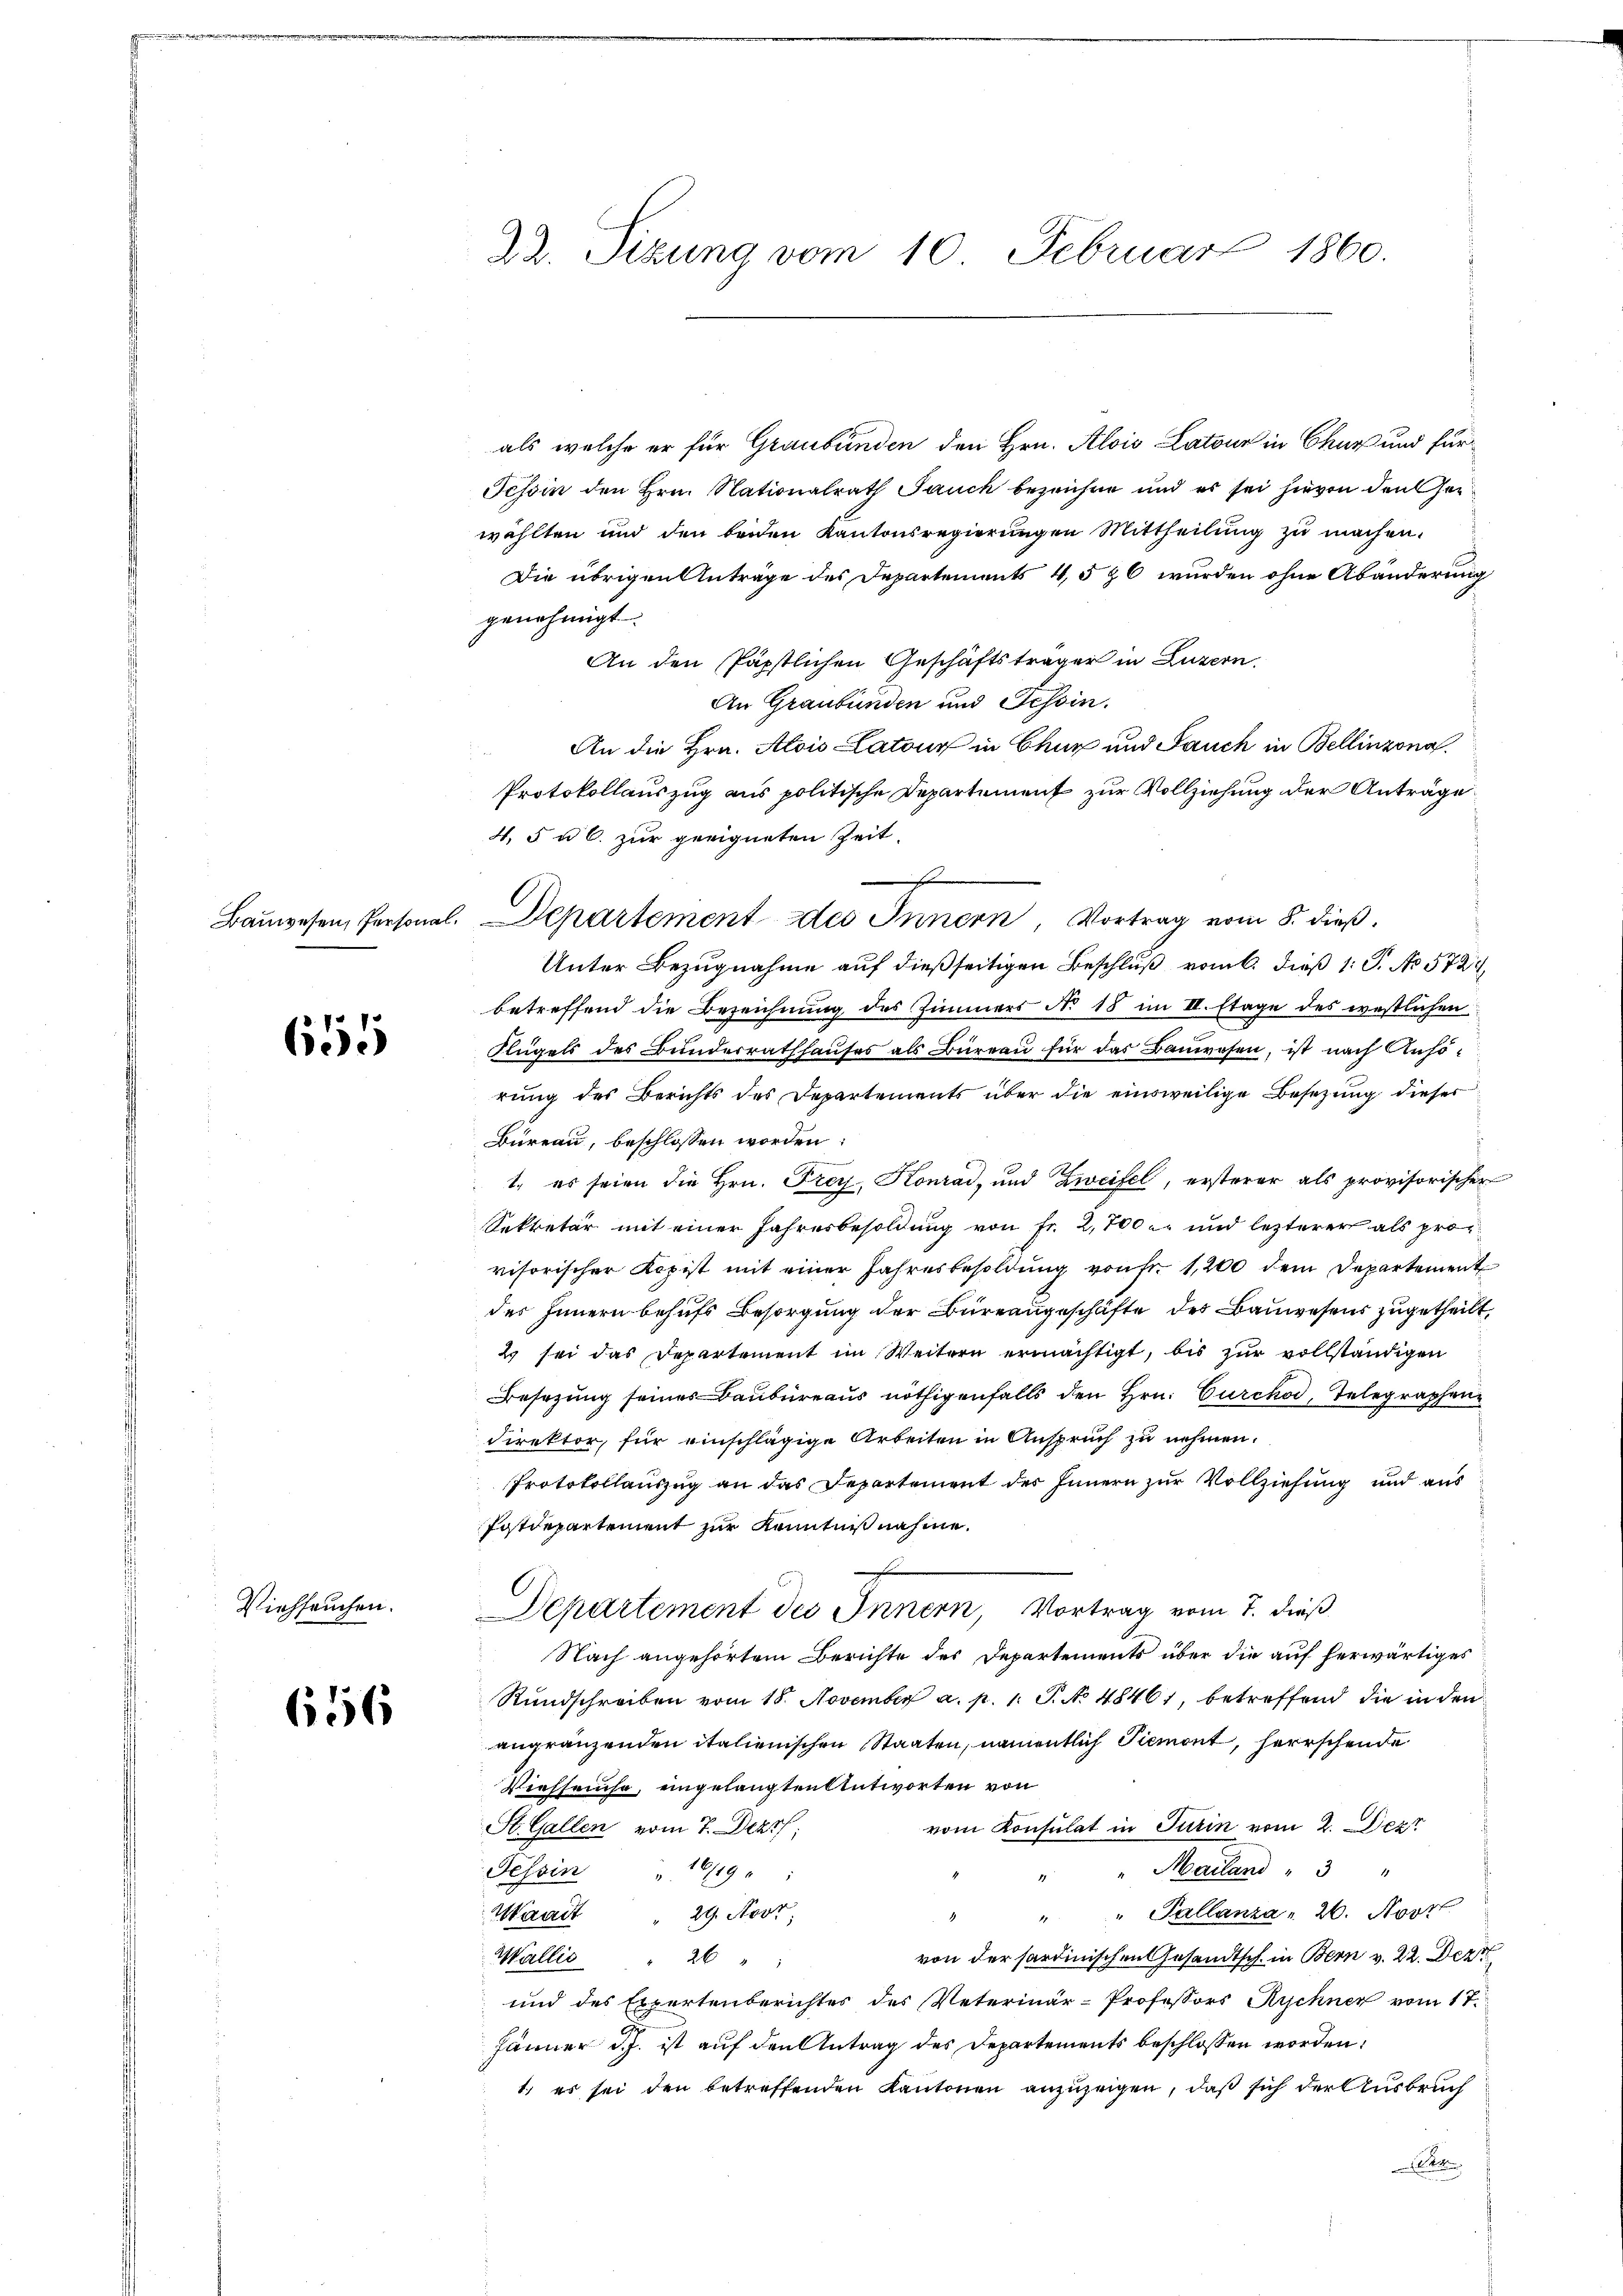
61

Viehseuchen.

656

als welche er für Graubünden den Hrn. Alois Latour in Chur und für¬
Tessin den Hrn. Nationalrath Jauch bezeichne und es sei hievon den Gewählten und den beiden Kantonsregierŭngen Mittheilŭng zŭ machen.
Die übrigen Anträge des Departements 4,5 & 6 wurden ohne Abänderung
genehmigt.
An den Päpstlichen Geschäftsträger in Luzern,
An Graubünden und Tessin.
An die Hrn. Alois Latour in Chur und Jauch in Bellinzona
Protokollauszug aus politische Departement zur Vollziehung der Anträge
4, 5 u 6. zur geeigneten Zeit.
Unter Bezugnahme auf dießseitigen Beschluß vom 6. dieß 1: P. No 5724,
betreffend die Bezeichnung des Zimmers No 18 im II. Etage des westlichen
Flügels des Bunderrathhauses als Büreau für das Bauwesen, ist nach Anhörung des Berichts des Departements über die einsweilige Besetzung dieser
Büreau, beschlossen worden
1., es seien die Hrn. Frey, Konrad, und Zweifel, ersterer als provisorischen
Sekretär mit einer Jahresbesoldung von Fr. 2,700 l. und lezterer als proc
visorischer Kopist mit einer Jahresbesoldŭng von fr. 1,200 dem Departement
des Innern behufs Besorgung der Büreaugeschäfte des Bauwesens zugetheilt,
2 sei das Departement im Weitern ermächtigt, bis zŭr vollständigen
Besetzung seines Baubureaus nöthigenfalls den Hrn. Curchod, Telegraphen
Direktor, für einschlägige Arbeiten in Anspruch zu nehmen.
Protokollauszug an das Departement des Innern zur Vollziehung und aus
Postdepartement zur Kenntnißnahme.
Departement des Innern, Vortrag vom 7. dieß
Nach angehörtem Berichte des Departements über die auf herwärtiges
Rundschreiben vom 18. November a. p. 1. P. No 48461, betreffend die in den
angränzenden italienischen Staaten, namentlich Piemont, herrschende
Viehhause, eingelangten Antworten von
vom Konsulat in Turin vom 2. Dez
St. Gallen vom 7. Dezt;
"Mailand " 3 "
Tessin " 16/19 :
" " Pallanza 26. Nov
Waadt " 29. Novt;
.
von der sardinischen Gesandtsch. in Bern v. 22. Dez
Wallis " 26
und des Expertenberichtes des Veterinär-Professors Rychner vom 17.
Jänner d.h. ist auf den Antrag des Departements beschlossen worden:
1.) es sei den betreffenden Kantonen anzuzeigen, daß sich der Ausbruch
.

22. Sizung vom 10. Februar 1860.

Baŭwesen, Personal. Departement des Innern, Vortrag vom 8. dieß.

f